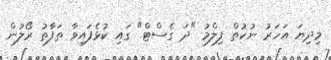
މިދިޔަ އަހަރު ނުކުތް ފިލްމު "ދަ ގެސްޓް" ގައި ކުޅެފައިވާ ތަފާތު ރޯލުން